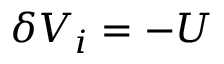
\delta V _ { i } = - U